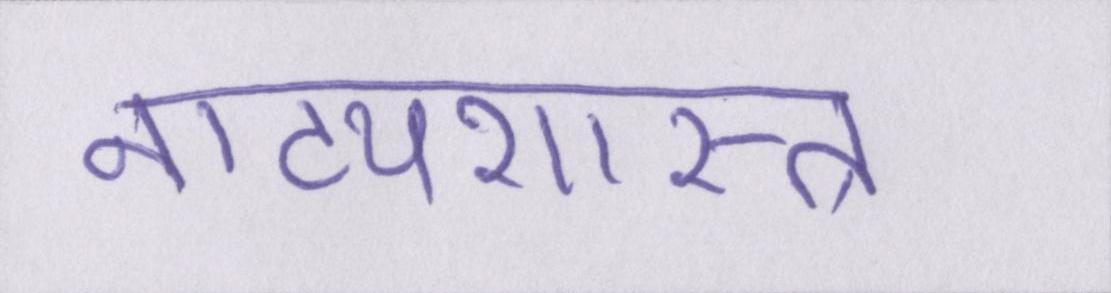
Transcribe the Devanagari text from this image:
नाट्यशास्त्र